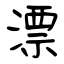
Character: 漂